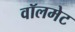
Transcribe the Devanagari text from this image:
वॉलमेट